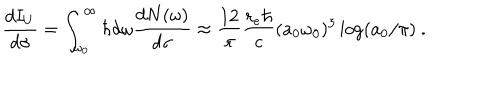
LaTeX: \frac { d I _ { U } } { d \sigma } = \int _ { \omega _ { 0 } } ^ { \infty } \hbar d \omega \frac { d N ( \omega ) } { d \sigma } \approx \frac { 1 2 } { \pi } \frac { r _ { e } \hbar } { c } ( a _ { 0 } \omega _ { 0 } ) ^ { 3 } \log ( a _ { 0 } / \pi ) ~ .